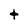
Character: t